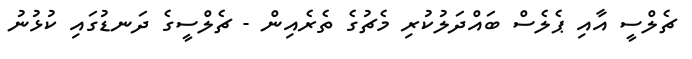
ޗެލްސީ އާއި ޕެލެސް ބައްދަލުކުރި މެޗުގެ ތެރެއިން - ޗެލްސީގެ ދަނޑުގައި ކުޅުނު